Civil Veterinary Department. United Provinces 1912-22 - 1912-1922
Year: 1912
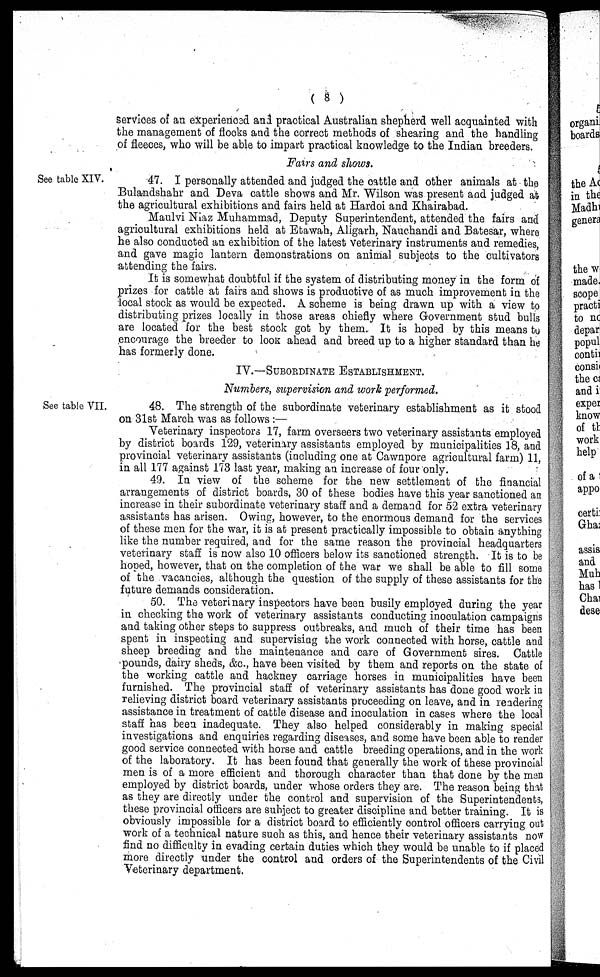
(8)
services of an experienced and practical Australian shepherd well acquainted with
the management of flocks and the correct methods of shearing and the handling
of fleeces, who will be able to impart practical knowledge to the Indian breeders.
Fairs and shows.
See table XIV.
47. I personally attended and judged the cattle and other animals at the
Bulandshahr and Deva cattle shows and Mr. Wilson was present and judged at
the agricultural exhibitions and fairs held at Hardoi and Khairabad.
Maulvi Niaz Muhammad, Deputy Superintendent, attended the fairs and
agricultural exhibitions held at Etawah, Aligarh, Nauchandi and Batesar, where
he also conducted an exhibition of the latest Veterinary instruments and remedies,
and gave magic lantern demonstrations on animal subjects to the cultivators
attending the fairs.
It is somewhat doubtful if the system of distributing money in the form of
prizes for cattle at fairs and shows is productive of as much improvement in the
local stock as would be expected. A scheme is being drawn up with a view to
distributing prizes locally in those areas chiefly where Government stud bulls
are located for the best stock got by them. It is hoped by this means to
encourage the breeder to look ahead and breed up to a higher standard than he
has formerly done.
IV.—SUBORDINATE ESTABLISHMENT.
Numbers, supervision and work performed.
See table VII.
48. The strength of the subordinate veterinary establishment as it stood
on 31st March was as follows:—
Veterinary inspectors 17, farm overseers two veterinary assistants employed
by district boards 129, veterinary assistants employed by municipalities 18, and
provincial veterinary assistants (including one at Cawnpore agricultural farm) 11,
in all 177 against 173 last year, making an increase of four only.
49. In view of the scheme for the new settlement of the financial
arrangements of district boards, 30 of these bodies have this year sanctioned an
increase in their subordinate veterinary staff and a demand for 52 extra veterinary
assistants has arisen. Owing, however, to the enormous demand for the services
of these men for the war, it is at present practically impossible to obtain anything
like the number required, and for the same reason the provincial headquarters
veterinary staff is now also 10 officers below its sanctioned strength. It is to be
hoped, however, that on the completion of the war we shall be able to fill some
of the vacancies, although the question of the supply of these assistants for the
future demands consideration.
50. The veterinary inspectors have been busily employed during the year
in checking the work of veterinary assistants conducting inoculation campaigns
and taking other steps to suppress outbreaks, and much of their time has been
spent in inspecting and supervising the work connected with horse, cattle and
sheep breeding and the maintenance and care of Government sires. Cattle
pounds, dairy sheds, &c., have been visited by them and reports on the state of
the working cattle and hackney carriage horses in municipalities have been
furnished. The provincial staff of veterinary assistants has done good work in
relieving district board veterinary assistants proceeding on leave, and in readering
assistance in treatment of cattle disease and inoculation in cases where the local
staff has been inadequate. They also helped considerably in making special
investigations and enquiries regarding diseases, and some have been able to render
good service connected with horse and cattle breeding operations, and in the work
of the laboratory. It has been found that generally the work of these provincial
men is of a more efficient and thorough character than that done by the men
employed by district boards, under whose orders they are. The reason being that
as they are directly under the control and supervision of the Superintendents,
these provincial officers are subject to greater discipline and better training. It is
obviously impossible for a district board to efficiently control officers carrying out
work of a technical nature such as this, and hence their veterinary assistants now
find no difficulty in evading certain duties which they would be unable to if placed
more directly under the control and orders of the Superintendents of the Civil
Veterinary department.